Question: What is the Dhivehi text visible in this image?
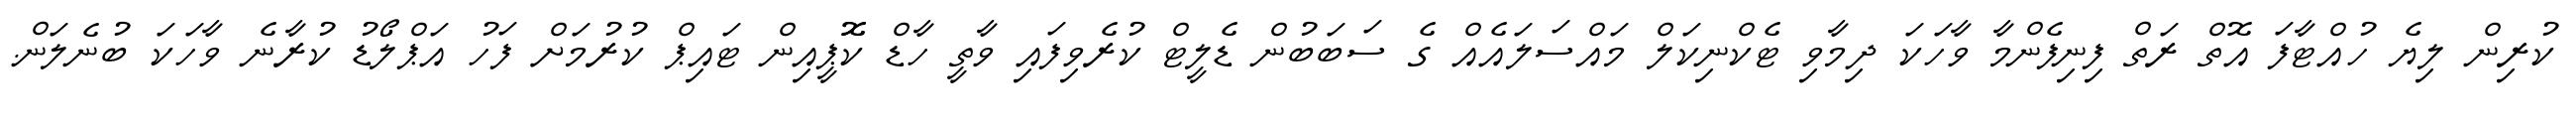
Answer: ކުރިން ލިޔެ ހުއްޓާފަ އޮތް ރަތް ފިނިފެންމާ ވާހަކަ ދިމާވި ޓެކްނިކަލް މައްސަލައެއް ގެ ސަބަބުން ޑެލީޓް ކުރެވިފައި ވާތީ ހާޑް ކޮޮޕީއިން ޓައިޕް ކުރުމަށް ފަހު އަޕްލޯޑު ކުރާނެ ވާހަކަ ބުނެލަން.